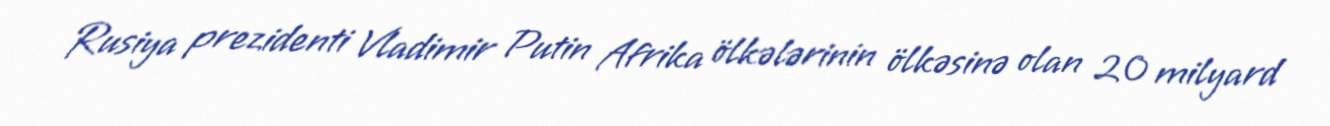
Rusiya prezidenti Vladimir Putin Afrika ölkələrinin ölkəsinə olan 20 milyard